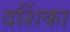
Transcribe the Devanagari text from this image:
दर्शिका